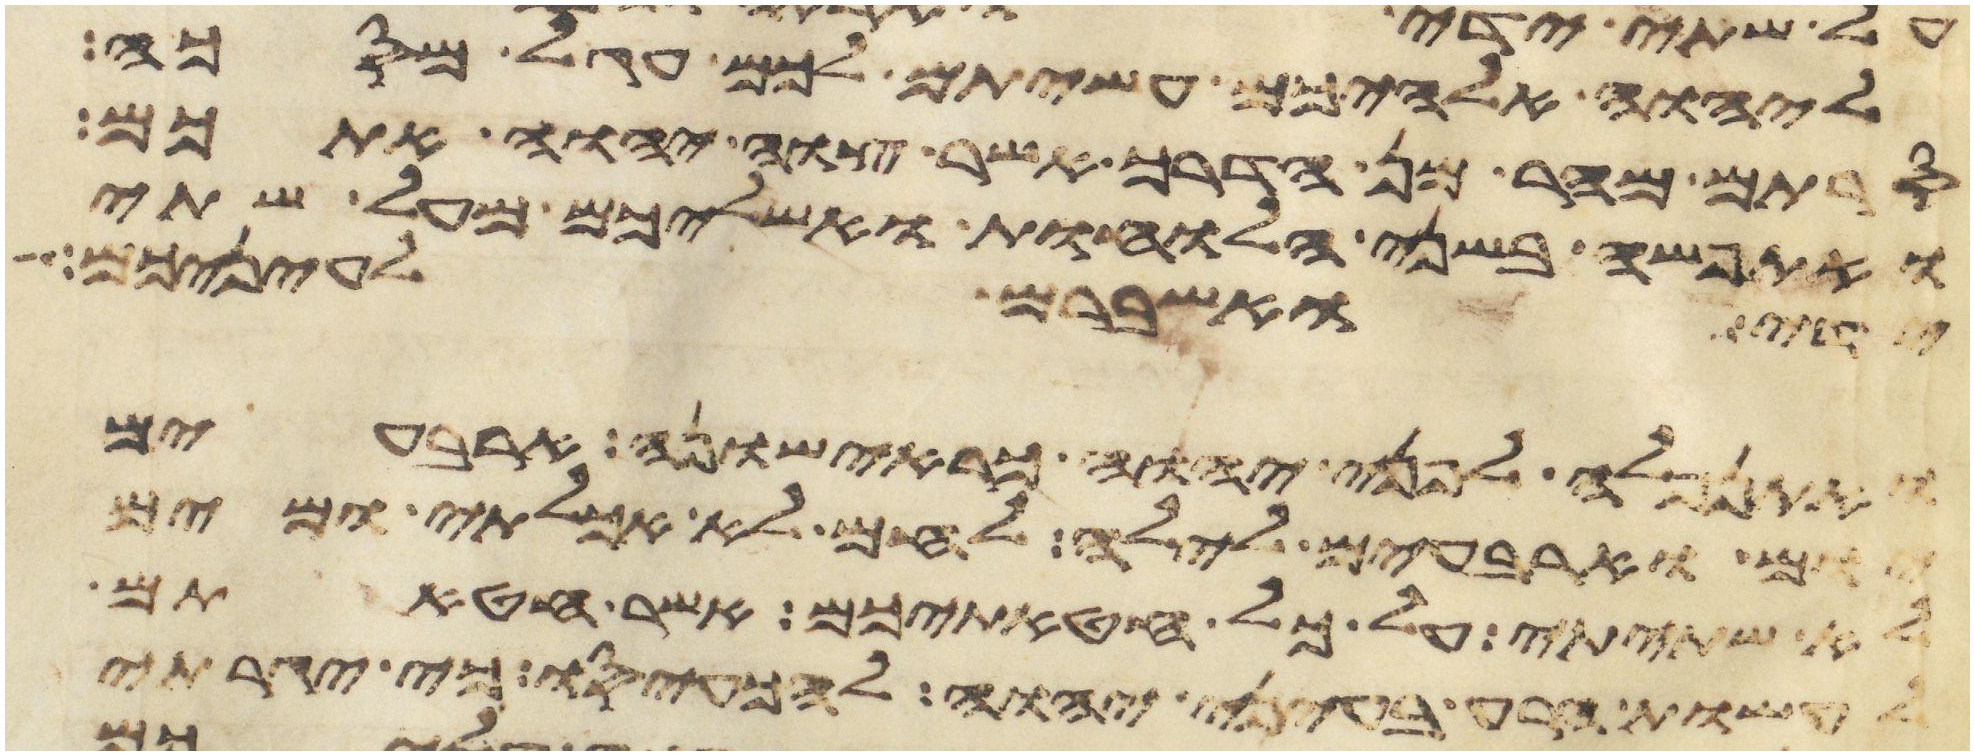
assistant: ליהוה אלהיכם עשיתם לכם עגל מסכה
סרתם מהר מן הדרך אשר צוה יהוה אתכם
ואתפשה בשני הלוחות ואשליכם מעל שתי
לעיניכם
ידי ואשברם לעיניכם
ואתנפלה לפני יהוה כראישונה ארבעים
יום וארבעים לילה לחם לא אכלתי ומים
לא שתיתי על כל חטאתיכם אשר חטאתם
לעשות הרע בעיני יהוה להכעיסו כי יגרתי